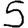
Digit: 5